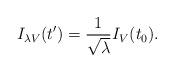
LaTeX: \begin{align*} I_{\lambda V}(t')=\frac{1}{\sqrt{\lambda}}I_V(t_0).\end{align*}